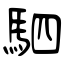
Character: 駟